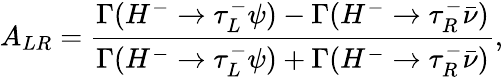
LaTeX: A_{LR}=\frac{\Gamma(H^{-}\rightarrow\tau_{L}^{-}\psi)-\Gamma(H^{-}\rightarrow\tau_{R}^{-}\bar{\nu})}{\Gamma(H^{-}\rightarrow\tau_{L}^{-}\psi)+\Gamma(H^{-}\rightarrow\tau_{R}^{-}\bar{\nu})},